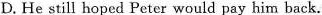
D.He still hoped Peter would pay him back.